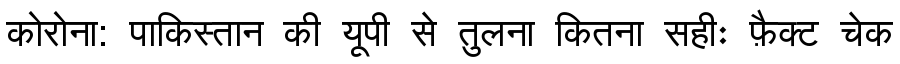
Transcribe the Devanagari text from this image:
कोरोना: पाकिस्तान की यूपी से तुलना कितना सहीः फ़ैक्ट चेक